King Institute of Preventive Medicine Micro-Biological Section reports 1909-11
Year: 1909
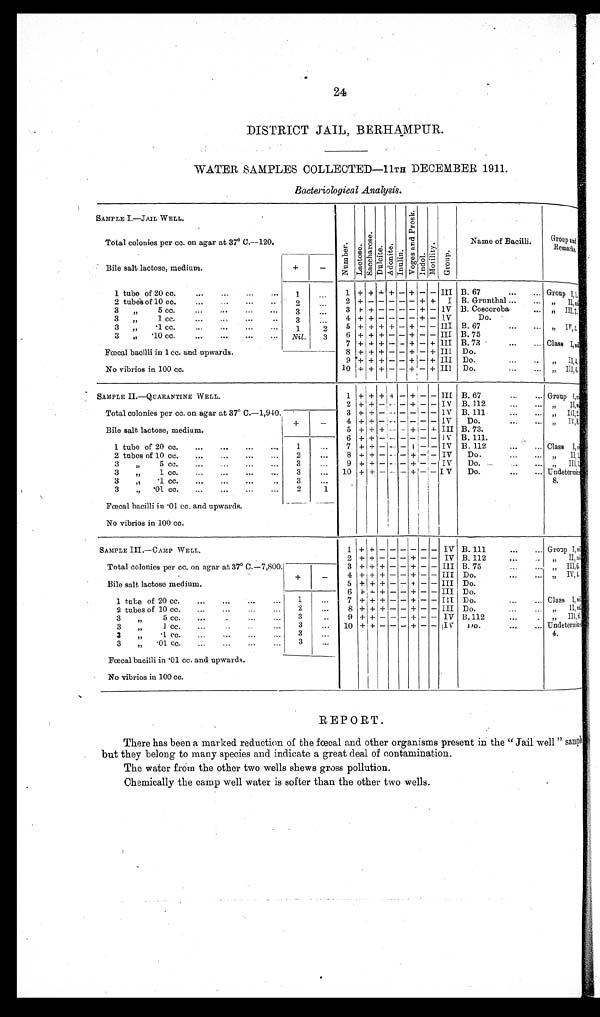
24
DISTRICT JAIL, BERHAMPUR.
WATER SAMPLES COLLECTED—11TH DECEMBER 1911.
Bacteriological Analysis.
SAMPLE I.—JAIL WELL.
Number.Lact ose.Sacchar os e.Dulcite.Adoni t e.Inulin. V o g e s a n d P r o s k .
Indol. Mot i l i t y G r o u p .
Name of Bacilli.
Group and
Remarks.
Total colonies per cc. on agar at 37° C.—120.
Bile salt lactose, medium.
+
−
1 tube of 20 cc.
1
1 + + + + − + − − III B. 67
Group I, 1.
2 tubes of 10 cc.
2
2 + − − − − − + +
I B. Grunthal
„ II nil
3 „ 5 cc.
3
3 + + − − − − + − IV B. Coscoroba
„ III 7
3 „ 1 cc.
3
4 + + − − − − + − IV
Do.
3 „ .1 cc.
1
2
5 + + + +
− + − − III B. 67
„ IV, 2.
3 „ .10 cc.
Nil.
3
6 + + + − − + − − III B. 75
7 + + + − − + − + III B. 73
Class I, nil
Fœcal bacilli in 1 cc. and upwards.
8 + + + − − + − + III Do.
9 + + + − − + − + III Do.
„ II, 4.
No vibrios in 100 cc.
10 + + + − − + − + III Do.
„ III, 6.
SAMPLE II.—QUARANTINE WELL.
1 + + + + −
+ −
−
III B. 67
Group I, nil
2 + + − − − + − − IV B. 112
„ II, nil
Total colonies per cc. on agar at 37° C.—1,940.
3 + + − − − − − − IV B. 111
„ III,2.
+
−
4 + + − − − − − − IV
Do.
„ IV, 8.
Bile salt lactose, medium.
5 + + + − − + −
+ III B. 73.
6 + + − − − − − − IV B. 111.
1 tube of 20 cc.
1
7 + + − − − + − − IV B. 112
Class I, nil.
2 tubes of 10 cc.
2
8 + + − − − + − − IV
Do.
„ II, 1
3 „ 5 c c .
3
9 + + − − − + − − IV
Do.
„ III, 1
3 „ 1 cc.
3
10 + + − − − + − − IV
Do.
Undetermine 8.
3 „ .1 cc.
3
3 „ .10 cc.
2
1
Fœcal bacilli in .01. cc. and upwards.
No vibrios in 100 cc.
SAMPLE III.—CAMP WELL.
1 + +
− − − − − −
IV B. 111
Group I, nil
2 + + − − − + − −
IV B. 112
„ II, nil
Total colonies per cc. on agar at 37° C.—7,800.
3 + + + − − + − − III B. 75
„ III, 6
+
−
4 + + + − − + − − III Do.
„ IV, 4
Bile salt lactose medium.
5 + + + − − + − − III Do.
6 ++ + − − + − − III Do.
1 tube of 20 cc.
1
7 + + + − − + − −
I I I Do.
Class I, nil
2 tubes of 10 cc.
2
8 + + + − − + − − III Do.
„ II, nil
3 „ 5 cc.
3
9 + + − − − + − − IV B.112
„ III, 6.
3 „ 1 cc.
3
10 + + − − − + − −
I V
Do.
Undetermi ne 4.
3 „ . 1 c c .
3
3 „ .01 cc.
3
Fœcal bacilli in .01 cc. and upwards.
No vibrios in 100 cc.
REPORT.
There has been a marked reduction of the fœcal and other organisms present in the "Jail well" sample
but they belong to many species and indicate a great deal of contamination.
The water from the other two wells shews gross pollution.
Chemically the camp well water is softer than the other two wells.